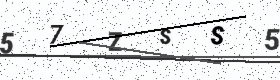
Text: 57ZSS5